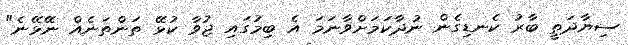
ސިޔާދަތީ ބާރު ކެނޑިގެން ނުދާކަމަށްވާނަމަ އެ ބިމުގައި ޖުވާ ކުޅޭ ތަންތަނެއް ނޭޅޭނެ"